65_HS1-834228961_62-HQ-83894_Section_3
Agency: FBI
Page 48
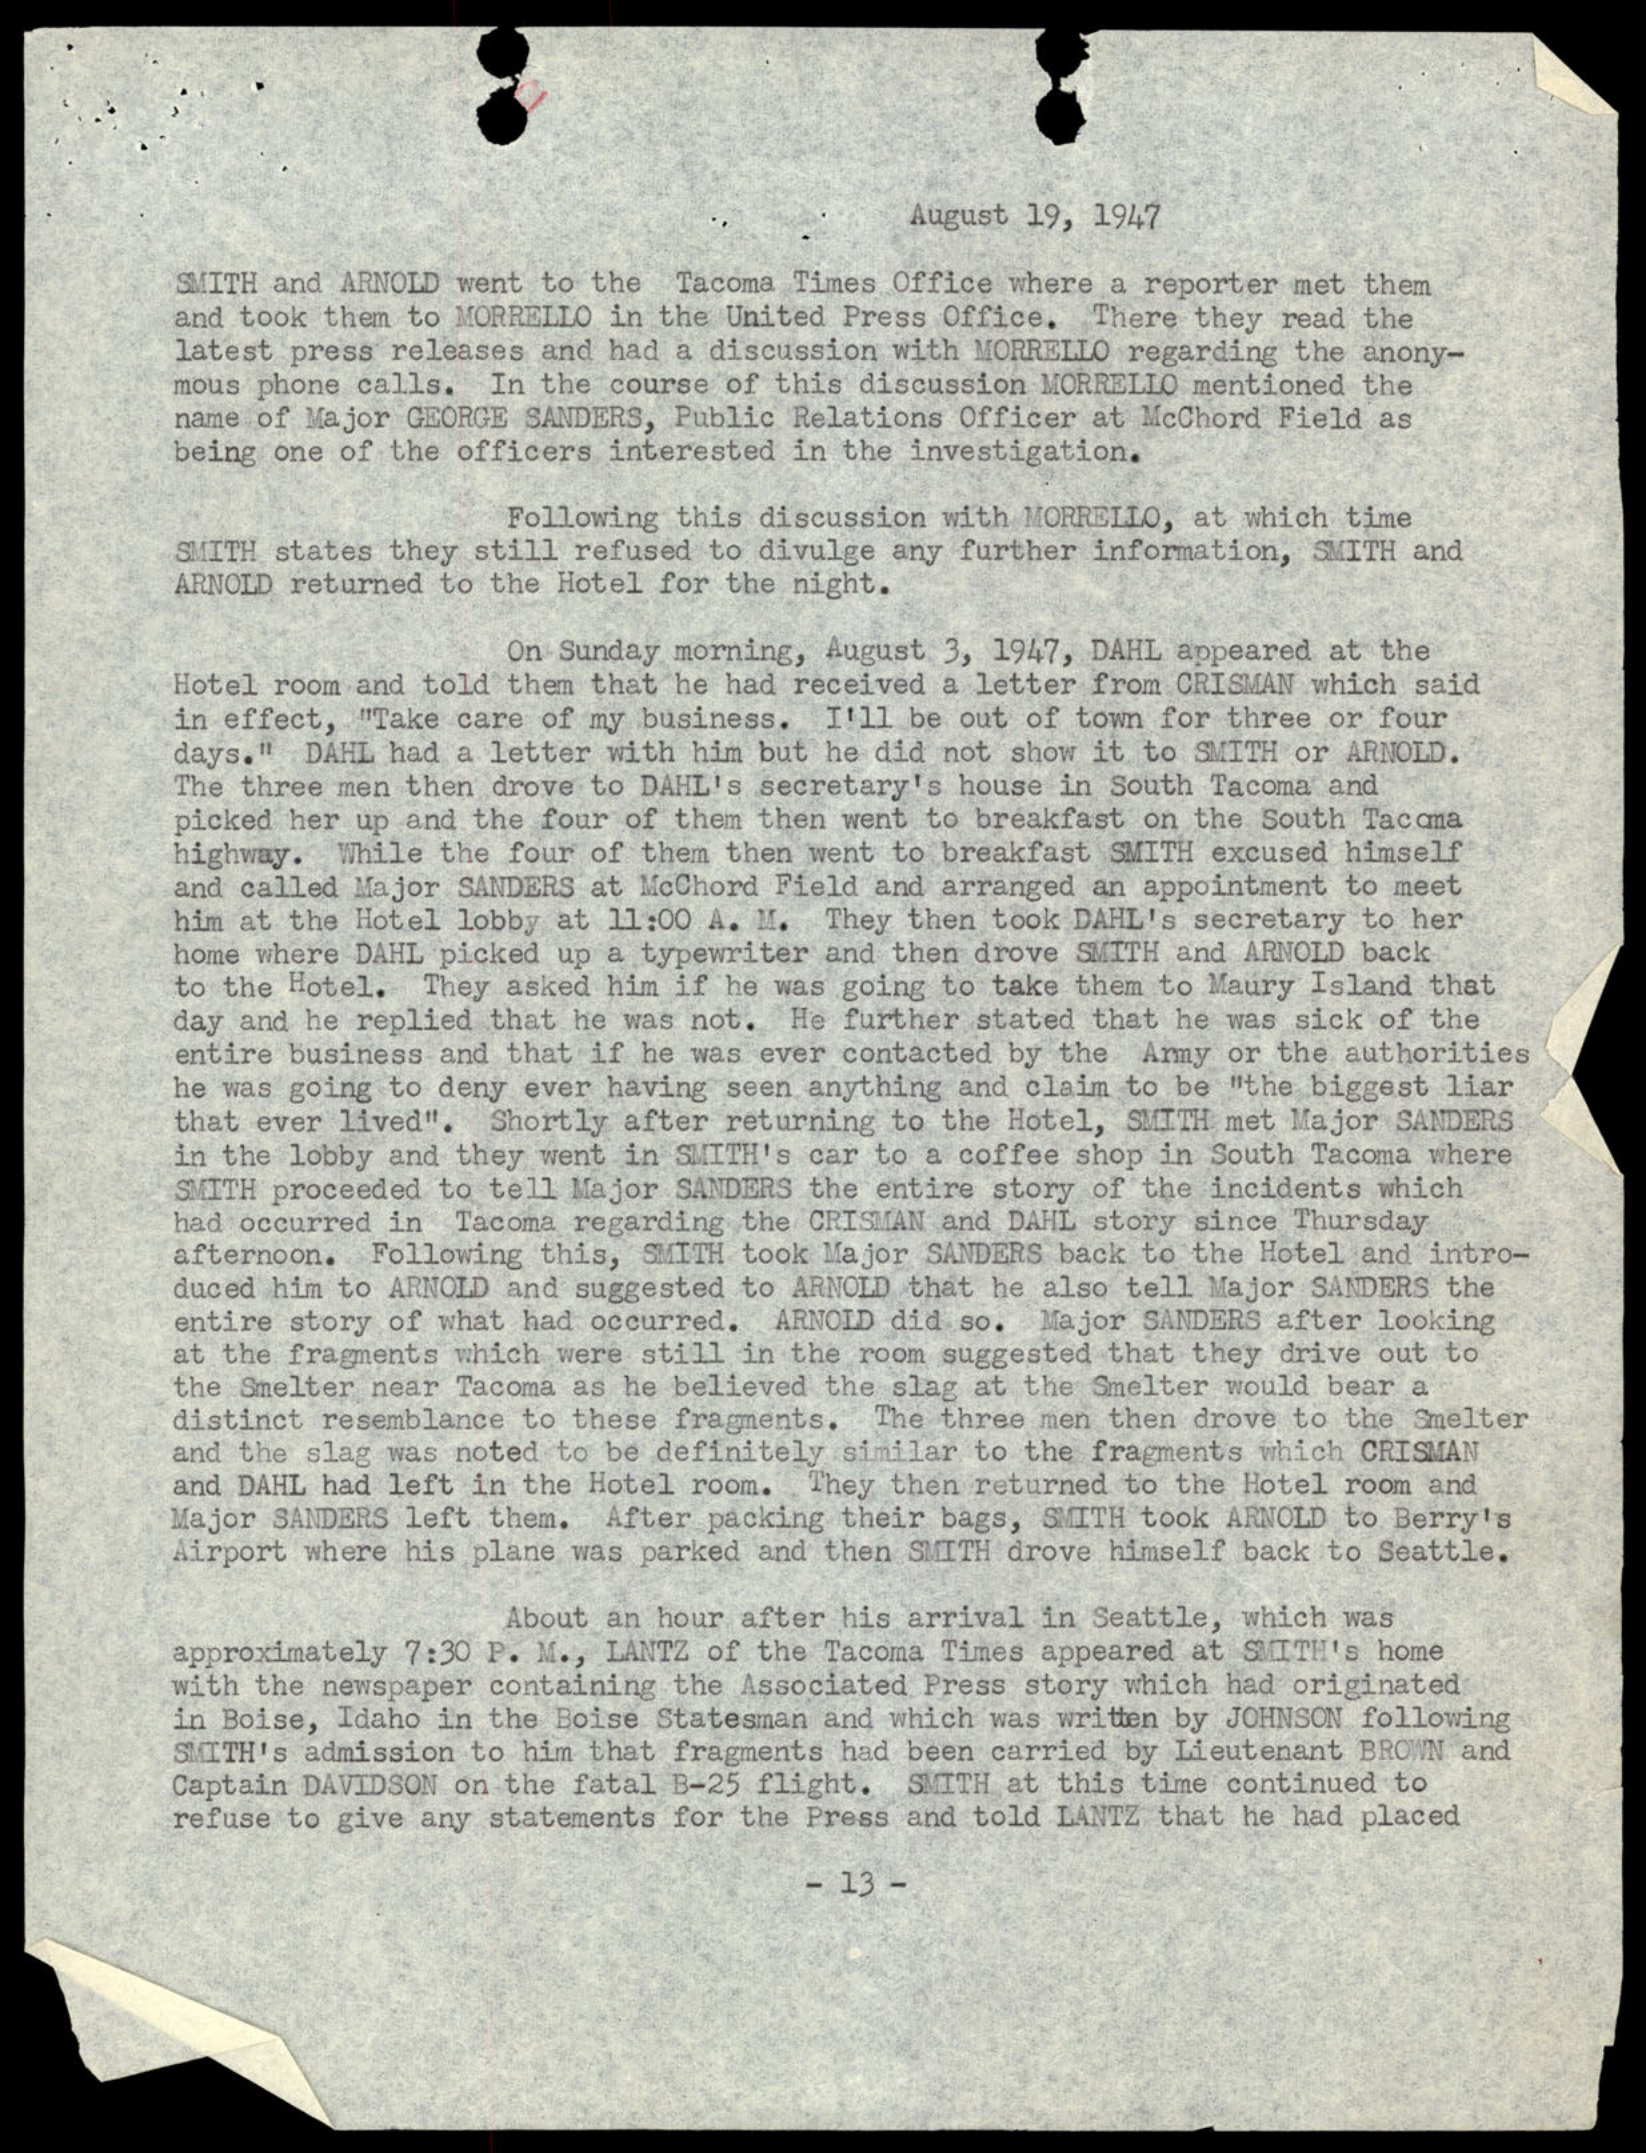